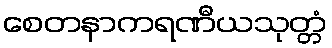
စေတနာကရဏီယသုတ္တံ